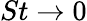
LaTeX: St\rightarrow 0